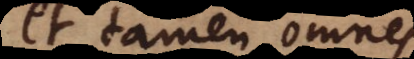
et tamen omnes